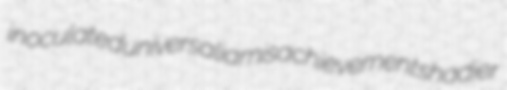
inoculated universalia misachievement shadier